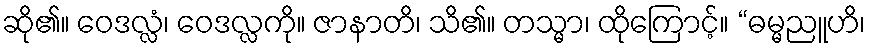
ဆို၏။ ဝေဒလ္လံ၊ ဝေဒလ္လကို။ ဇာနာတိ၊ သိ၏။ တသ္မာ၊ ထိုကြောင့်။ “ဓမ္မညူဟိ၊